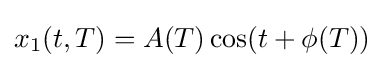
x_{1}(t,T)=A(T)\cos(t+\phi (T))